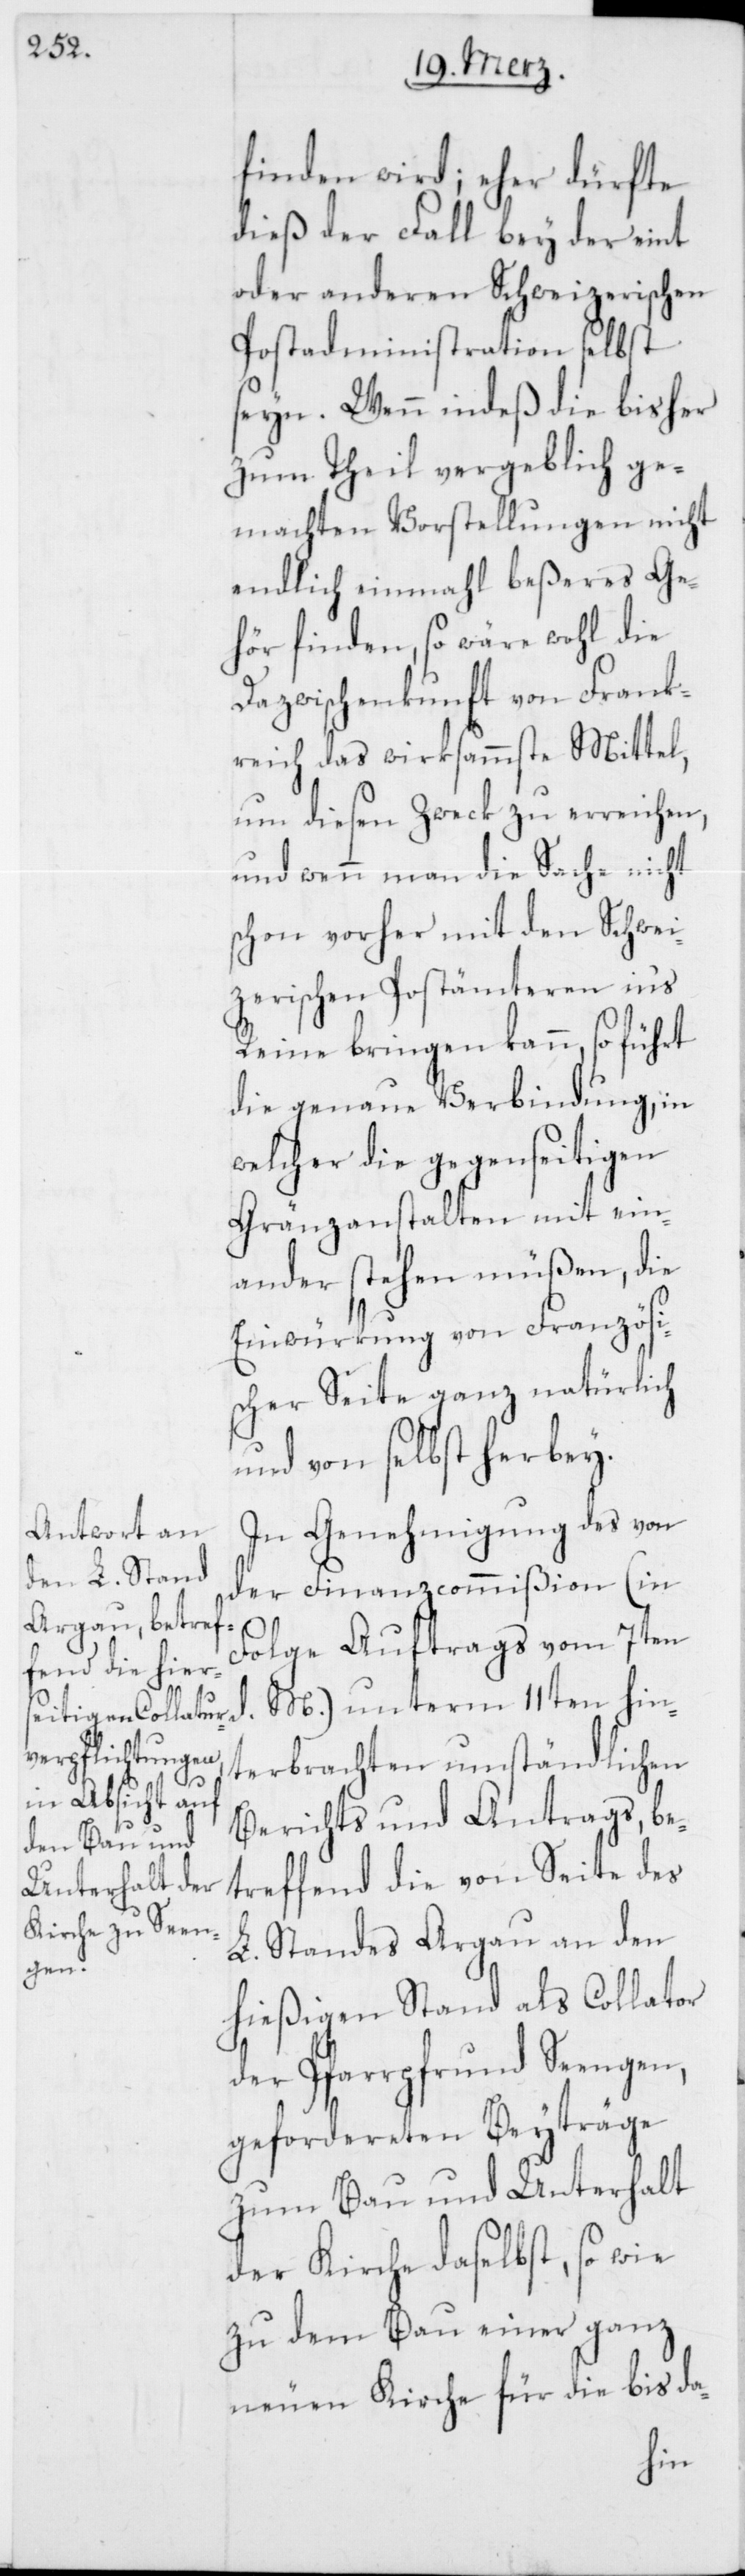
finden wird; eher dürfte
dieß der Fall bey der eint
oder anderen schweizerischen
Postadministration selbst
seyn. Wenn indes die bisher
zum Theil vergeblich ge¬
machten Vorstellungen nicht
endlich einmahl beßeres Ge¬
hör finden, so wäre wohl die
Dazwischenkunft von Frank¬
reich das wirksamste Mittel,
um diesen Zweck zu erreichen,
und wenn man die Sache nicht
schon vorher mit den schwei¬
zerischen Postämteren ins
Reine bringen kann, so führt
die genaue Verbindung, in
welcher die gegenseitigen
Gränzanstalten mit ein¬
ander stehen müßen, die
Einwürkung von Französi¬
scher Seite ganz natürlich
und von selbst herbey.
In Genehmigung des von
der Finanzcommißion (in
Folge Auftrags vom 7ten
M.) unterm 11ten hin¬
terbrachten umständlichen
Berichts und Antrags, be¬
treffend die von Seite des
L. Standes Argau an den
hießigen Stand als Collator
der Pfarrpfrund Seengen,
gefordereten Beyträge
zum Bau und Unterhalt
der Kirche daselbst, so wie
zu dem Bau einer ganz
neuen Kirche für die bis da-